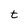
Character: t